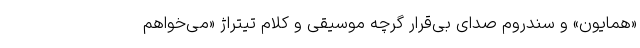
«همایون» و سندروم صدای بی‌قرار گرچه موسیقی و کلام تیتراژ «می‌خواهم